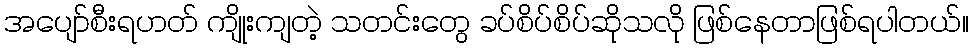
အပျော်စီးရဟတ် ကျိုးကျတဲ့ သတင်းတွေ ခပ်စိပ်စိပ်ဆိုသလို ဖြစ်နေတာဖြစ်ရပါတယ်။